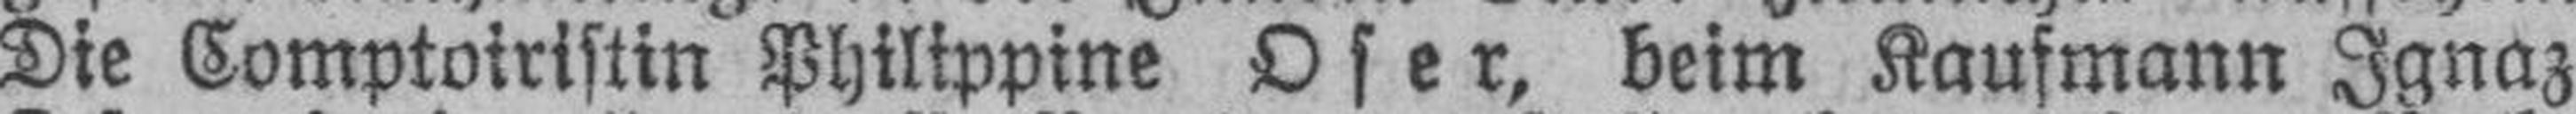
Die Comptoiristin Philippine Oser, beim Kaufmann Ignaz